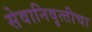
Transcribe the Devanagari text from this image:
सेवानिवृत्‍तीचा